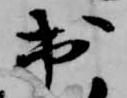
出